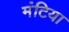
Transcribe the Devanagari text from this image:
मंटिया